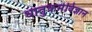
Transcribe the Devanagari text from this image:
धातुकर्मविज्ञान